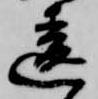
違